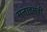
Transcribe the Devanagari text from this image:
सत्ताइसवीं